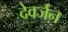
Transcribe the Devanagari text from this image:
देवर्जन